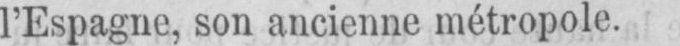
l’Espagne, son ancienne métropole.